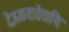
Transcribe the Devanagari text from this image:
देऊळवाडेयासि